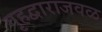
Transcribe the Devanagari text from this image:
गृहद्वाराजवळ